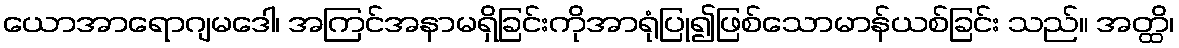
ယောအာရောဂျမဒေါ၊ အကြင်အနာမရှိခြင်းကိုအာရုံပြု၍ဖြစ်သောမာန်ယစ်ခြင်း သည်။ အတ္ထိ၊